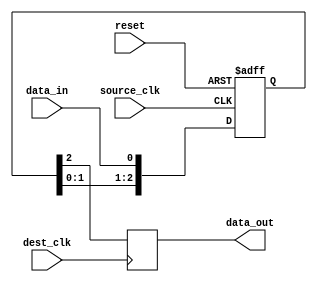
module synchronizer (
    input wire source_clk,
    input wire dest_clk,
    input wire reset,
    input wire data_in,
    output reg data_out
);

reg [2:0] source_reg;
reg dest_reg;

always @ (posedge source_clk or posedge reset) begin
    if (reset) begin
        source_reg <= 3'b0;
    end else begin
        source_reg <= {source_reg[1:0], data_in};
    end
end

always @ (posedge dest_clk) begin
    dest_reg <= source_reg[2];
end

assign data_out = dest_reg;

endmodule